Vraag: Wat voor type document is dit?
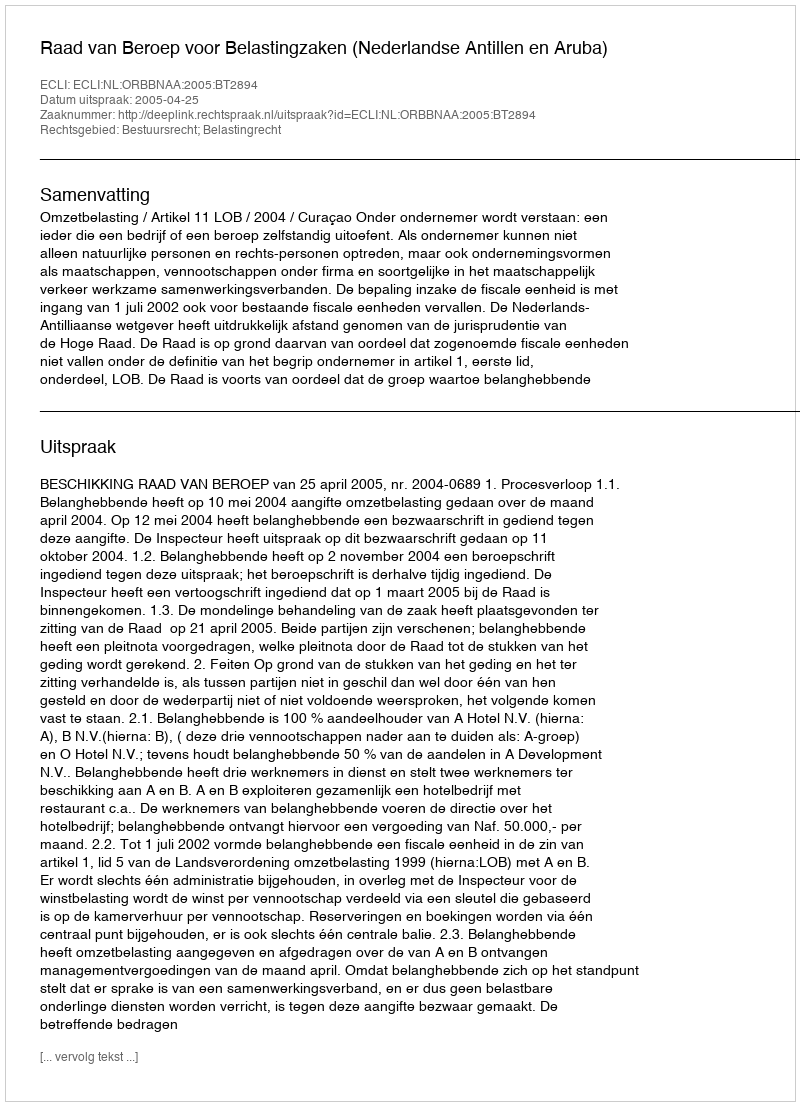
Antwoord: Uitspraak